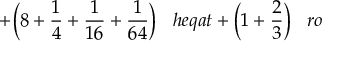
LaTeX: + { \bigg ( } 8 + { \frac { 1 } { 4 } } + { \frac { 1 } { 1 6 } } + { \frac { 1 } { 6 4 } } { \bigg ) } \; \; \; h e q a t + { \bigg ( } 1 + { \frac { 2 } { 3 } } { \bigg ) } \; \; \; r o